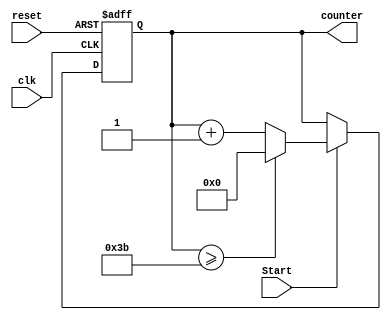
`timescale 1ns / 1ps
//////////////////////////////////////////////////////////////////////////////////
// Company: 
// Engineer: 
// 
// Design Name: 
// Module Name: Seconds_counter
// Project Name: 
// Target Devices: 
// Tool Versions: 
// Description: 
// 
// Dependencies: 
// 
// Revision:
// Revision 0.01 - File Created
// Additional Comments:
// 
//////////////////////////////////////////////////////////////////////////////////
// Malak Majeed Ullah khan
module Seconds_counter(clk,reset,counter,Start);
    
input clk,reset,Start; //start stop buttton "Start"
output [5:0] counter;

reg [5:0] counter_up;

always @(posedge clk or posedge reset)
begin
if(reset)
counter_up<=6'd0;
else if(Start)
begin
counter_up<=counter_up+6'd1;
if(counter_up>=59)
begin
counter_up<=6'd0;
end
end
else
begin
counter_up<=counter_up;
end
end

assign counter = counter_up;



endmodule